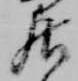
居